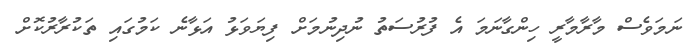
ނަމަވެސް މާރާމާރީ ހިންގާނަމަ އެ ފުރުސަތު ނުދިނުމަށް ފިޔަވަޅު އަޅާނެ ކަމުގައި ތަކުރާރުކޮށް